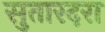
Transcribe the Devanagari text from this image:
सुतारदरा